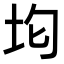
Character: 𭎀